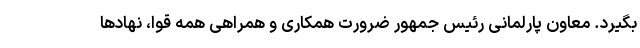
بگیرد. معاون پارلمانی رئیس جمهور ضرورت همکاری و همراهی همه قوا، نهادها